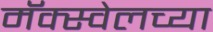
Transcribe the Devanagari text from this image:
मॅक्स्वेलच्या